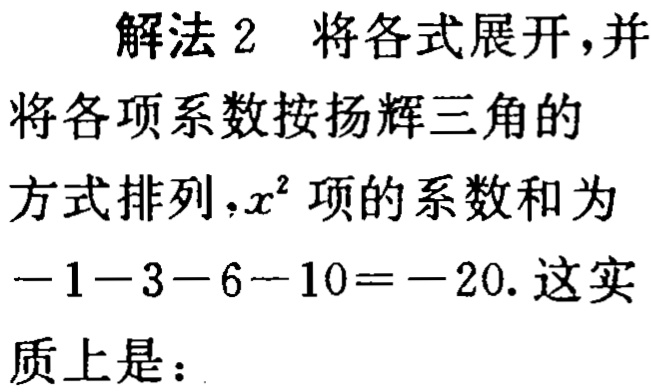
解法 2 将各式展开,并将各项系数按扬辉三角的方式排列,$x^{2}$项的系数和为$-1 - 3 - 6 - 10 = -20$. 这实质上是：